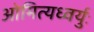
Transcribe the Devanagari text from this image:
ओमित्यध्वर्युः